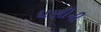
ધણીની